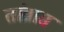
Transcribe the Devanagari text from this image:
तांब्रास